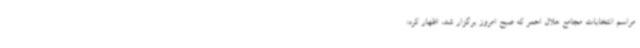
مراسم انتخابات مجامع هلال احمر که صبح امروز برگزار شد، اظهار کرد: